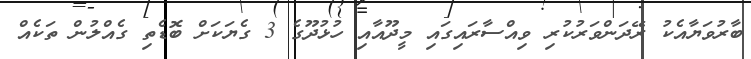
ބާރުވަޔާއެކު ރޭދަންވަރުކުރި ވިއްސާރައިގައި މީދޫއާއި ހުޅުދޫގެ 3 ގެޔަކަށް ބޮޑެތި ގެއްލުން ތަކެއް